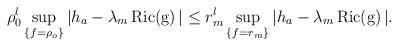
LaTeX: \begin{align*} \rho_0^l\sup_{\{f=\rho_o\}}|h_a-\lambda_m\operatorname{Ric(g)}|\leq r_m^l\sup_{\{f=r_m\}}|h_a-\lambda_m\operatorname{Ric(g)}|. \end{align*}